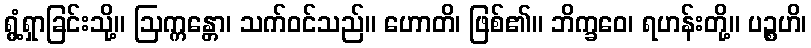
ရွံ့ရှာခြင်းသို့။ ဩက္ကန္တော၊ သက်ဝင်သည်။ ဟောတိ၊ ဖြစ်၏။ ဘိက္ခဝေ၊ ရဟန်းတို့။ ပဉ္စဟိ၊